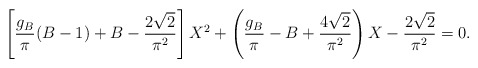
\begin{align*}\left[ {g_B\over{\pi}} (B-1)+B- {2\sqrt{2}\over{\pi^2}} \right] X^2+ \left( {g_B\over{\pi}} -B+{4\sqrt{2}\over{\pi^2}}\right) X-{2\sqrt{2}\over{\pi^2}} =0 . \end{align*}